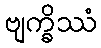
ဗျက္ခိဿံ